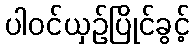
ပါဝင်ယှဉ်ပြိုင်ခွင့်